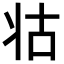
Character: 𭷃